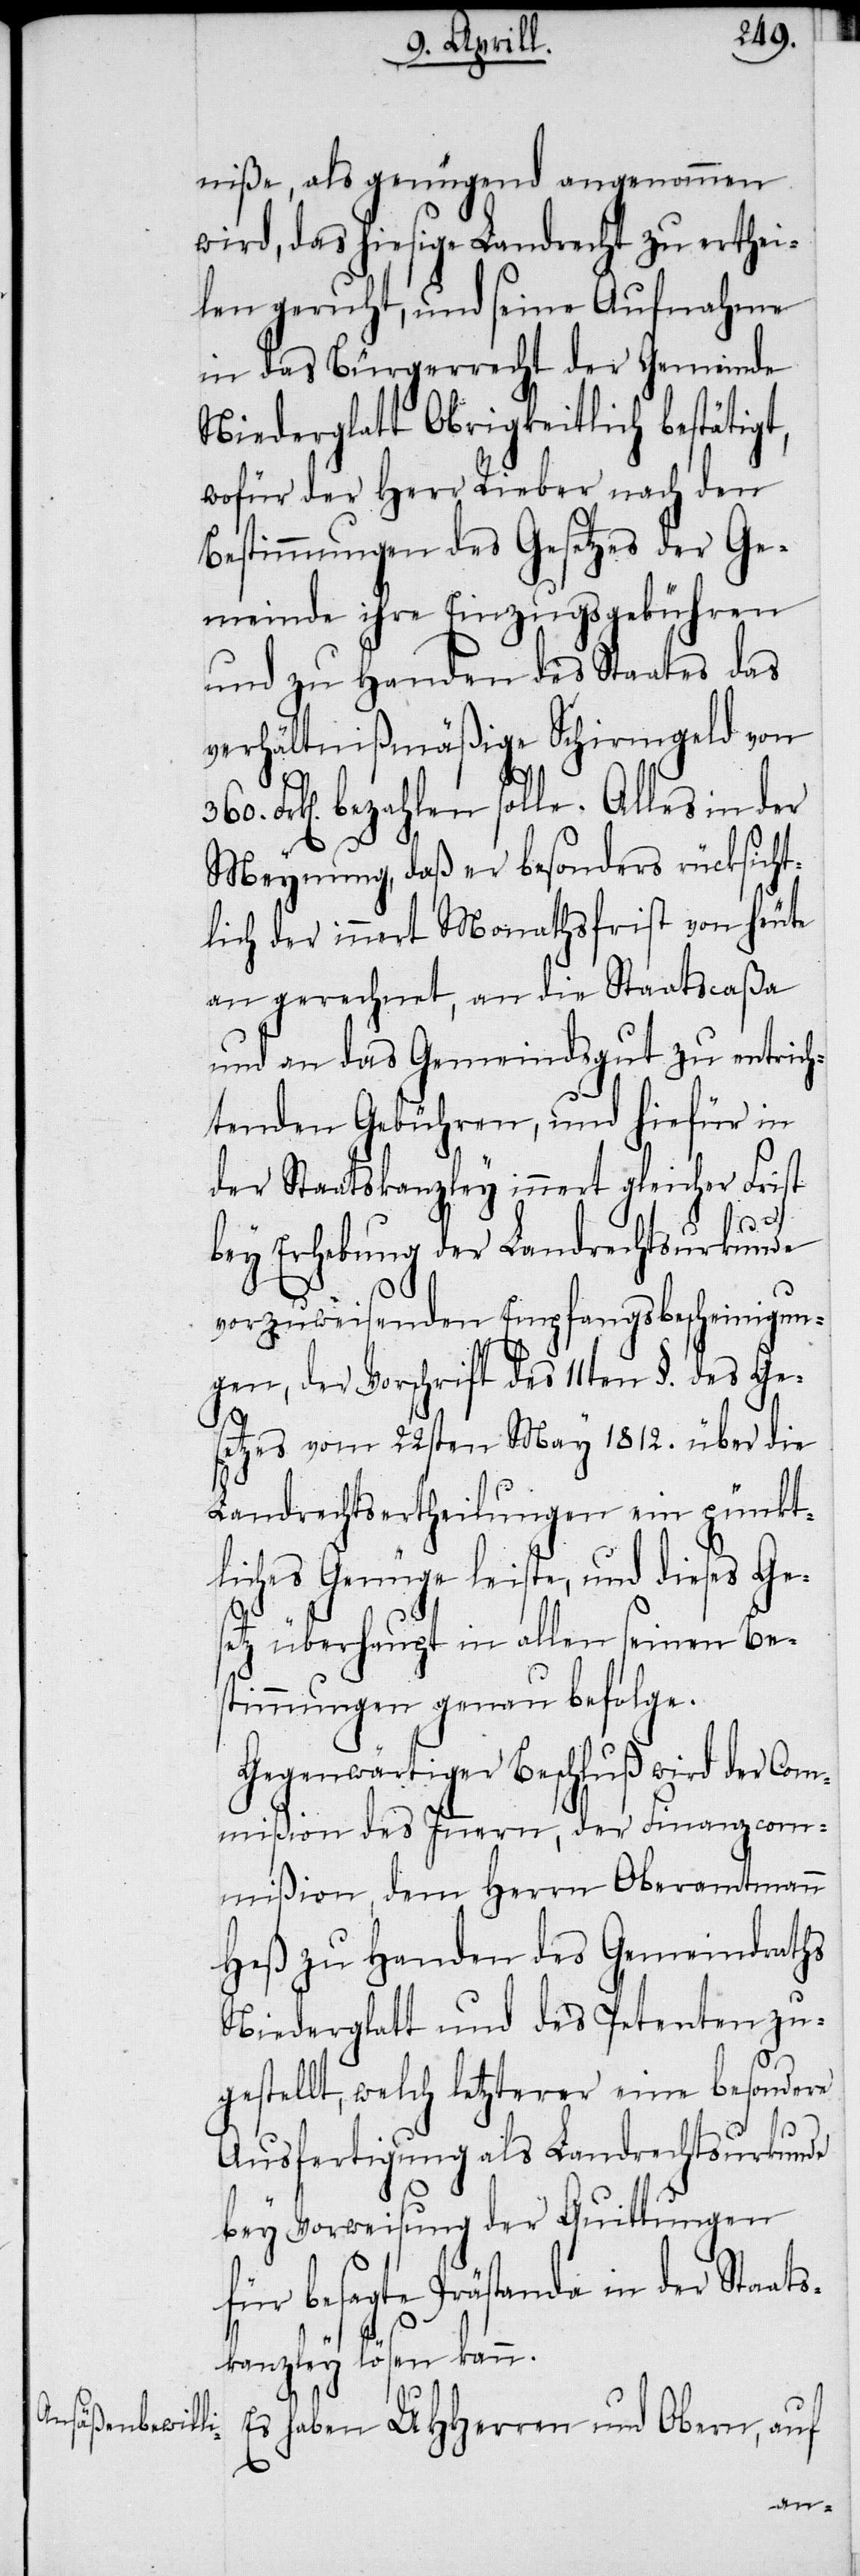
niße, als genügend angenommen
wird, das hiesige Landrecht zu erthei¬
len geruht, und seine Aufnahme
in das Bürgerrecht der Gemeinde
Niederglatt Obrigkeitlich bestätigt,
wofür der Herr Rieber nach den
Bestimmungen des Gesetzes der Ge¬
meinde ihre Einzugsgebühren
und zu Handen des Staates das
verhältnißmäßige Schirmgeld von
Frk[en]. bezahlen solle. Alles in der
Meynung, daß er besonders rücksicht¬
lich der innert Monathsfrist von heute
an gerechnet, an die Staatscaßa
und an das Gemeindsgut zu entrich¬
tenden Gebühren, und hiefür in
der Staatskanzley innert gleicher Frist
bey Ergebung der Landrechtsurkunde
vorzuweisenden Empfangsbescheinigun¬
gen, der Vorschrift des 11ten §. des Ge¬
setzes vom 22sten May 1812. über die
Landrechtsertheilungen ein pünkt¬
liches Genüge leiste, und dieses Ges¬
etz überhaupt in allen seinen Be¬
stimmungen genau befolge.
Gegenwärtiger Beschluß wird der Com¬
mißion des Innern, der Finanzcom¬
mißion, dem Herrn Oberamtmann
Heß zu Handen des Gemeindraths
Niederglatt und des Petenten zu¬
gestellt, welch letzterer eine besondere
Ausfertigung als Landrechtsurkunde
bey Vorweisung der Quittungen
für besagte Prästanda in der Staat¬
skanzley lösen kann.
Es haben UHHerren und Obern, auf